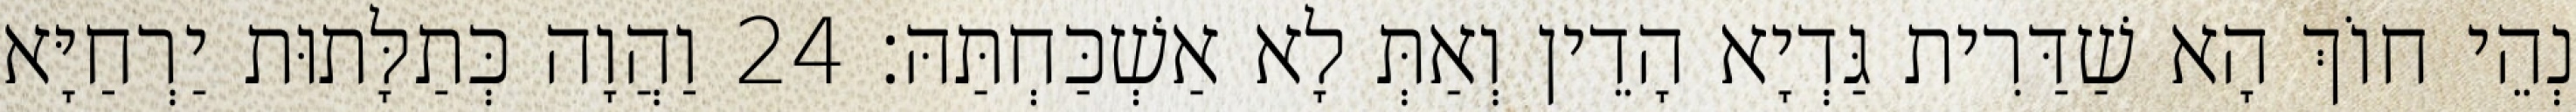
נְהֵי חוֹךְ הָא שַׁדַּרִית גַּדְיָא הָדֵין וְאַתְּ לָא אַשְׁכַּחְתַּהּ׃ 24 וַהֲוָה כְּתַלָּתוּת יַרְחַיָּא